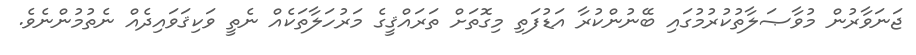
ޖަނަވާރުން މުވާޞަލާތުކުރުމުގައި ބޭނުންކުރާ އަޑުފަތި މިގޮތަށް ތަރައްޤީގެ މަރުހަލާތަކެއް ނެތީ ވަކިޤަވައިދެއް ނެތުމުންނެވެ.